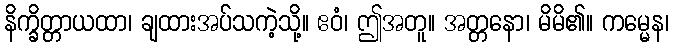
နိက္ခိတ္တာယထာ၊ ချထားအပ်သကဲ့သို့။ ဧဝံ၊ ဤအတူ။ အတ္တနော၊ မိမိ၏။ ကမ္မေန၊